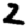
Digit: 2